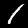
Label: 1